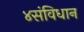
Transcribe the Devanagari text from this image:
४संविधान